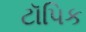
ટૉપિક